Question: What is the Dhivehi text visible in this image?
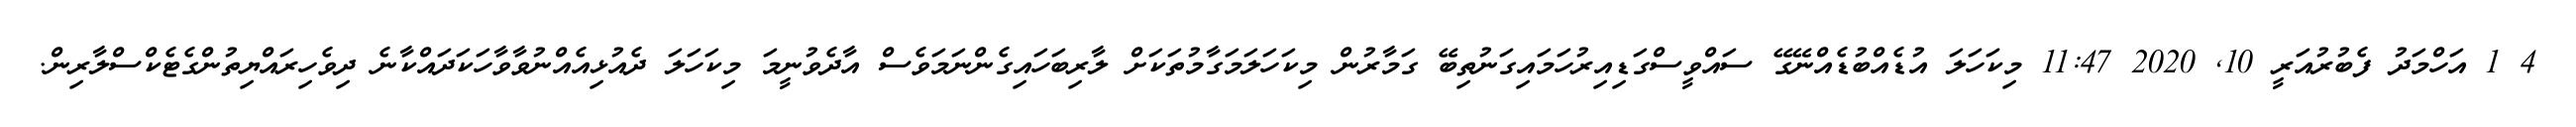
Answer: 4 1 އަހްމަދު ފެބުރުއަރީ 10, 2020 11:47 މިކަހަލަ އުޑެއްބުޑެއްނޭގޭ ސައްވީސްގަޑިއިރުހަމައިގަނުތިބޭ ގަމާރުން މިކަހަލަމަގާމުތަކަށް ލާރިބަހައިގެންނަމަވެސް އާދެވުނީމަ މިކަހަލަ ދެއުޅިއެއްނުވާވާހަކަދައްކާނެ ދިވެހިރައްޔިތުންގެޓެކްސްލާރިން.